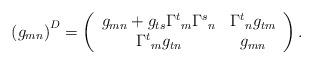
\begin{align*} \left(g_{mn}\right)^D = \left(\begin{array}{cc} g_{mn} + g_{ts}{\Gamma^t}_m{\Gamma^s}_n & {\Gamma^t}_n g_{tm} \\ {\Gamma^t}_m g_{tn} & g_{mn} \end{array}\right).\end{align*}